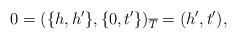
LaTeX: \begin{align*} 0=(\{h,h'\}, \{0, t'\})_{\overline{T}} =(h', t'), \end{align*}